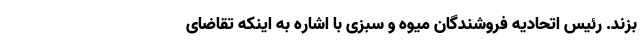
بزند. رئیس اتحادیه فروشندگان میوه و سبزی با اشاره به اینکه تقاضای